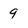
Character: 9